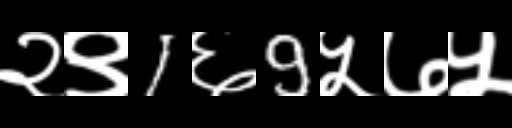
Text: २९1६9५७५